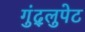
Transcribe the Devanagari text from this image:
गुंद्लुपेट